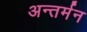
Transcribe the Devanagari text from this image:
अन्‍तर्मन